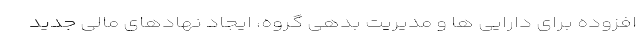
افزوده برای دارایی ها و مدیریت بدهی گروه، ایجاد نهادهای مالی جدید